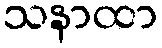
သနာထာ